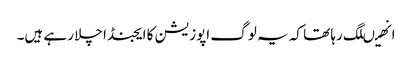
انھیںلگ رہا تھا کہ یہ لوگ اپوزیشن کا ایجنڈا چلا رہے ہیں۔